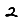
Digit: 2